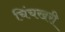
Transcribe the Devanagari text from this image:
चिंचखरी